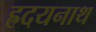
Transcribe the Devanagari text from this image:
ह्रदयनाथ